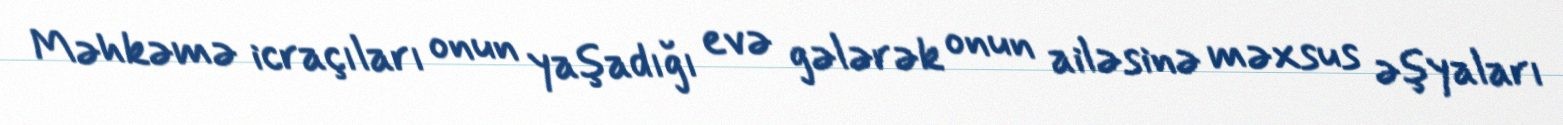
Məhkəmə icraçıları onun yaşadığı evə gələrək onun ailəsinə məxsus əşyaları